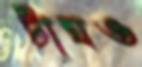
টাঘও